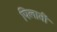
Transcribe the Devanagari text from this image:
पिलातीं